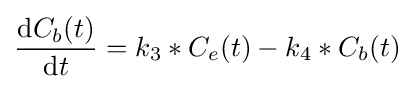
{\operatorname {d} \!C_{b}(t) \over \operatorname {d} \!t}=k_{3}*C_{e}(t)-k_{4}*C_{b}(t)